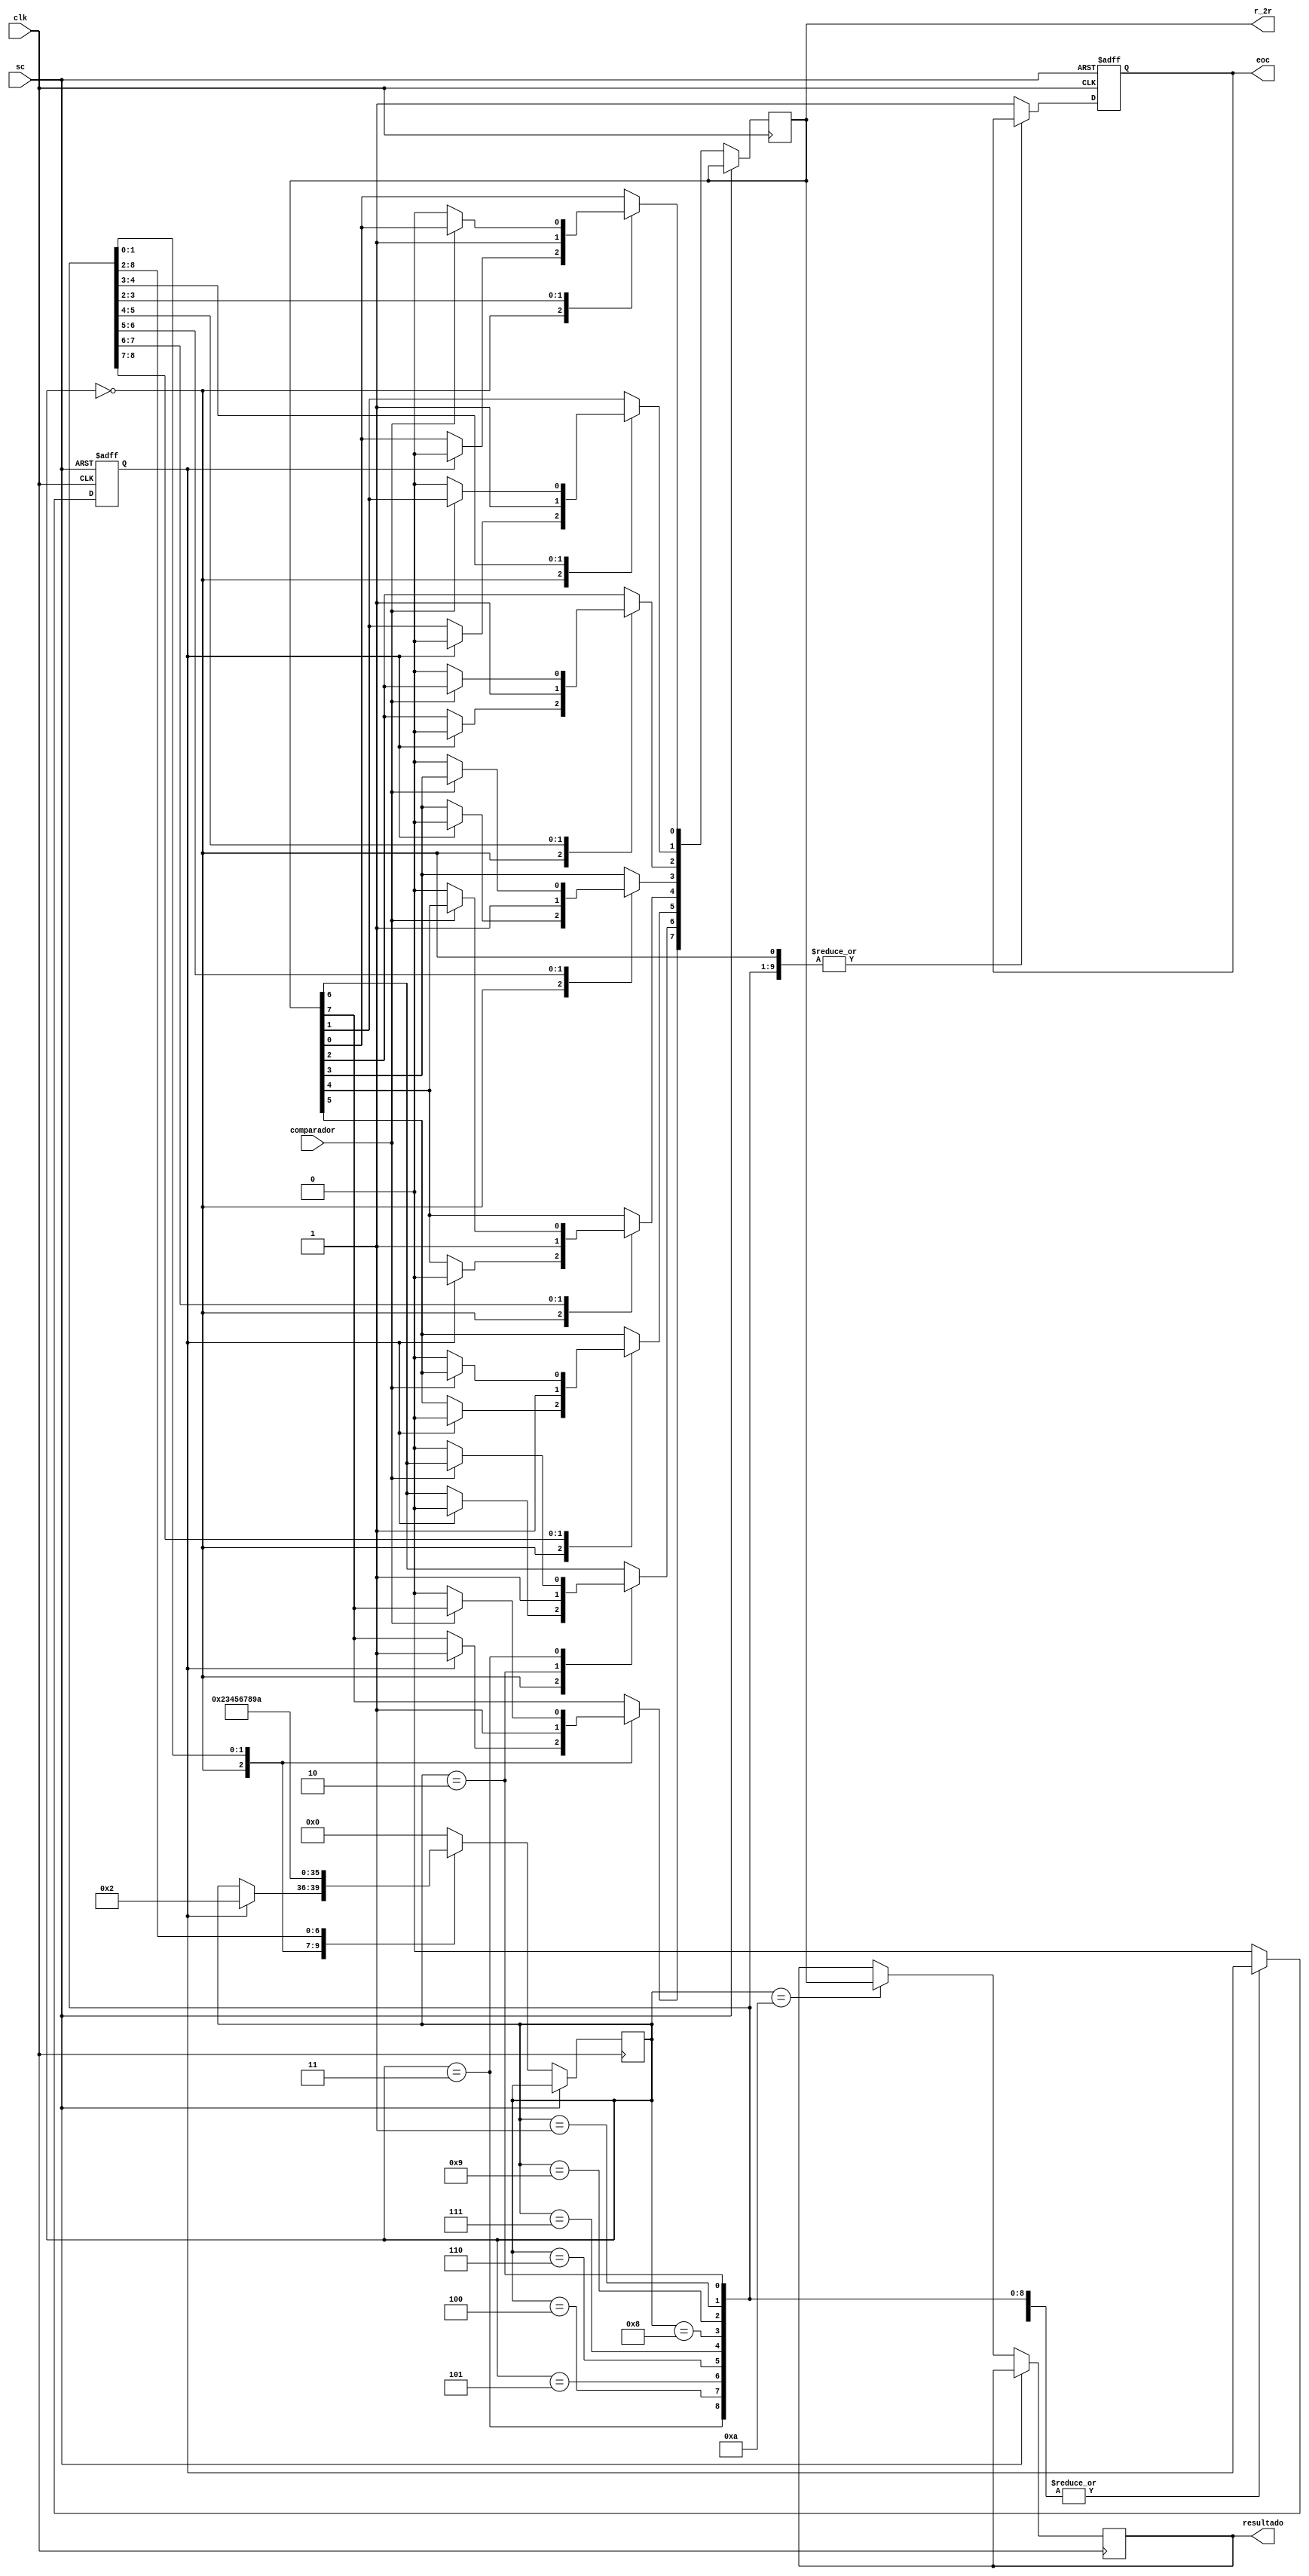
// Modulo para hacer un ADC de aproximaciones sucesivas
// de 8 bit usando un DAC R-2R y un LM393
// V0.1

//                              Vcc
//                              /
// Vin ---|+ \                  \
//        |   | s-- comparador--|
//     |--|- /      __________
//     |___________/ DAC R-2R | r_2r  [7:0]
//                 \__________| 
//

module adc_8bit(
    input clk,  //clock de conversion, NO de sistema
    input sc,   //start conversion,
    input comparador,
    output reg eoc, //1=end of conversion, 0=convirtiendo
    output reg [7:0] r_2r,  //salida del DAC    
    output reg [7:0]resultado
    );
    
reg [3:0] estados_adc;
reg sc_interno;

//always @(posedge sc) begin
        //sc_interno <= 1'b1; //senializo sc
        //eoc <= 1'b0;        //senializo busy
//    end
    
always @(posedge clk, posedge sc) begin
	if (sc==1'b1) begin
        sc_interno <= 1'b1; //senializo sc
        eoc <= 1'b0;        //senializo busy	
	end
	else begin
    case (estados_adc)
        4'd0:   begin           //estado idle
            if (sc_interno==1) begin
                sc_interno <=1'b0;
                estados_adc<=4'd2;
                r_2r <=8'b10000000;
            end
        end
        
        4'd1:   begin
            r_2r[7]<=1'b1;  //msb=1
            estados_adc <= 4'd2;
        end
        
        4'd2:   begin
            if (comparador ==0) begin
                r_2r[7]<= 1'b0;
            end 
            r_2r[6]<=1'b1;
            estados_adc<= 4'd3;
        end
        
        4'd3: begin
            if (comparador ==0) begin
                r_2r[6]<= 1'b0;
            end 
            r_2r[5]<=1'b1;
            estados_adc<= 4'd4;
        end
        
        4'd4:   begin
            if (comparador ==0) begin
                r_2r[5]<= 1'b0;
            end 
            r_2r[4]<=1'b1;
            estados_adc<= 4'd5;
        end
        
        4'd5:   begin
            if (comparador ==0) begin
                r_2r[4]<= 1'b0;
            end 
            r_2r[3]<=1'b1;
            estados_adc<= 4'd6;
        end
        
        4'd6:   begin
            if (comparador ==0) begin
                r_2r[3]<= 1'b0;
            end 
            r_2r[2]<=1'b1;
            estados_adc<= 4'd7;
        end
        
        4'd7:   begin
            if (comparador ==0) begin
                r_2r[2]<= 1'b0;
            end 
            r_2r[1]<=1'b1;
            estados_adc<= 4'd8;
        end
        
        4'd8:   begin
            if (comparador ==0) begin
                r_2r[1]<= 1'b0;
            end 
            r_2r[0]<=1'b1;
            estados_adc<= 4'd9;
        end
        
		  4'd9:   begin
            if (comparador ==0) begin
                r_2r[0]<= 1'b0;
            end 
            estados_adc<= 4'd10;
        end
		  
        4'd10:   begin
            resultado <= r_2r;
            eoc <= 1'b1;
            estados_adc<= 4'd0;
        end
        
        default: begin
            estados_adc <=4'd0;
				eoc <= 1'b1;
				sc_interno <=1'b0;
        end
		endcase
	end	//end del if
	end	//end del always
		
endmodule